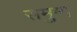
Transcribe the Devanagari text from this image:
समुग्ग